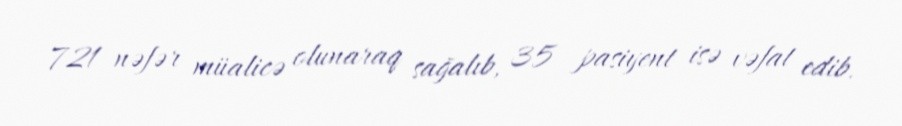
721 nəfər müalicə olunaraq sağalıb, 35 pasiyent isə vəfat edib.